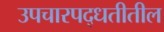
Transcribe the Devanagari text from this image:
उपचारपद्धतीतील